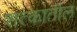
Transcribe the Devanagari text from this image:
शत्कातील